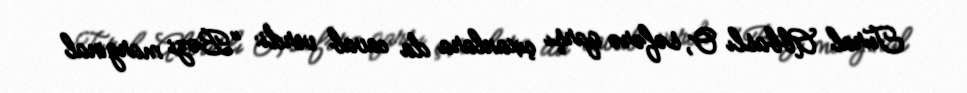
Tural Abbaslı O, səfərə qarşı çıxanlara da cavab verdi: "Bəzi marginal